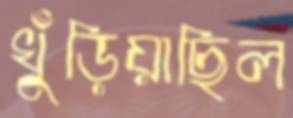
খুঁড়িয়াছিল